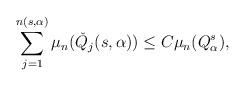
LaTeX: \begin{align*}\sum\limits_{j=1}^{n(s,\alpha)}\mu_{n}(\check{Q}_{j}(s,\alpha)) \le C \mu_{n}(Q^{s}_{\alpha}),\end{align*}